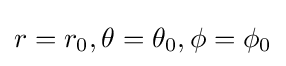
r=r_{0},\theta =\theta _{0},\phi =\phi _{0}